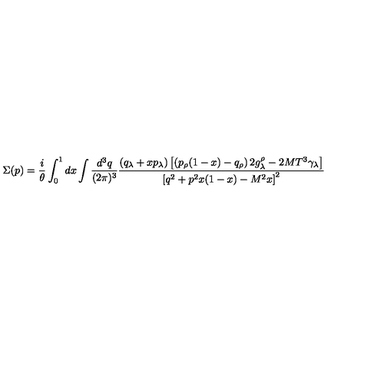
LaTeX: \Sigma ( p ) = { \frac { i } { \theta } } \int _ { 0 } ^ { 1 } d x \int { \frac { d ^ { 3 } q } { ( 2 \pi ) ^ { 3 } } } { \frac { \left( q _ { \lambda } + x p _ { \lambda } \right) \left[ \left( p _ { \rho } ( 1 - x ) - q _ { \rho } \right) 2 g _ { \lambda } ^ { \rho } - 2 M T ^ { 3 } \gamma _ { \lambda } \right] } { \left[ q ^ { 2 } + p ^ { 2 } x ( 1 - x ) - M ^ { 2 } x \right] ^ { 2 } } }